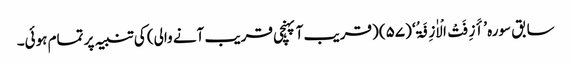
سابق سورہ ’أَزِفَتْ الْاٰزِفَۃُ‘ (۵۷) (قریب آ پہنچی قریب آنے والی) کی تنبیہ پر تمام ہوئی۔